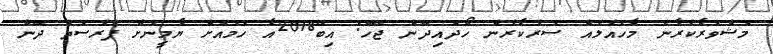
މަޝްވަރާކުރާނެ މާހައުލެއް ސަރުކާރުން ހޯދައިދޭން ޖެހޭ: އިބޫ2018އާ ހަމައަށް ޔާމީނަށް ފުރުސަތު ދޭން